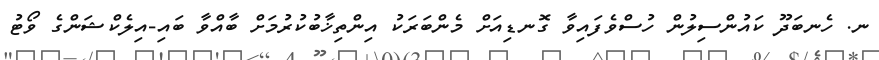
ނ. ހެނބަދޫ ކައުންސިލުން ހުސްވެފައިވާ ގޮނޑިއަށް މެންބަރަކު އިންތިޚާބުކުރުމަށް ބާއްވާ ބައި-އިލެކްޝަންގެ ވޯޓު